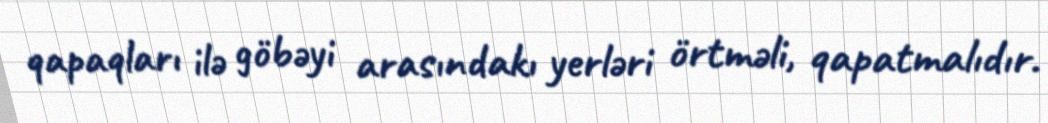
qapaqları ilə göbəyi arasındakı yerləri örtməli, qapatmalıdır.